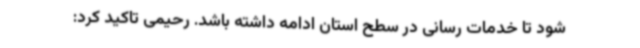
شود تا خدمات رسانی در سطح استان ادامه داشته باشد. رحیمی تاکید کرد: